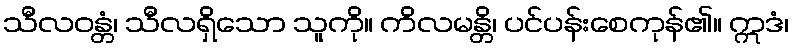
သီလဝန္တံ၊ သီလရှိသော သူကို။ ကိလမန္တိ၊ ပင်ပန်းစေကုန်၏။ ဣဒံ၊